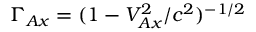
\Gamma _ { A x } = ( 1 - V _ { A x } ^ { 2 } / c ^ { 2 } ) ^ { - 1 / 2 }